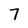
Character: 7